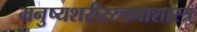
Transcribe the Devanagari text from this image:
मनुष्यशरीररचनाशास्त्र